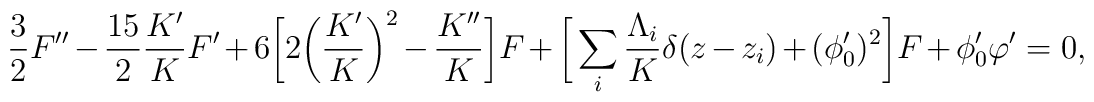
\frac{3}{2}F^{\prime\prime}-\frac{15}{2}\frac{K'}{K}F'+6\bigg[2\bigg(\frac{K'}{K}\bigg)^2-\frac{K^{\prime\prime}}{K}\bigg]F+\bigg[\sum_i\frac{\Lambda_i}{K}\delta(z-z_i)+(\phi'_0)^2\bigg]F+\phi'_0\varphi'=0,